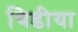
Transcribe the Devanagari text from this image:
चिडीया